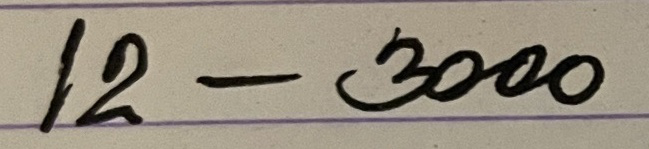
12 - 3000